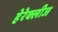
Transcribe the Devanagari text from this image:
हेरेक्लीज